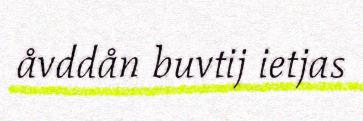
åvddån buvtij ietjas